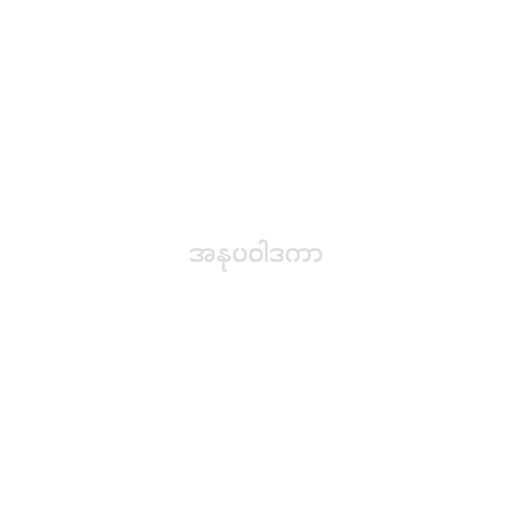
အနုပဝါဒကာ